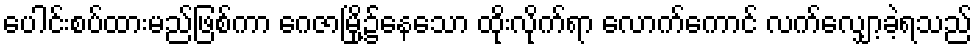
ပေါင်းစပ်ထားမည်ဖြစ်ကာ ဂေဇာမြို့၌နေသော ထိုးလိုက်ရာ လောက်ကောင် လက်လျှော့ခဲ့ရသည်